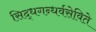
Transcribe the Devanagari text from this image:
सिद्धगन्धर्वसेविते